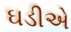
ઘડીએ